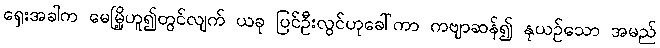
ရှေးအခါက မေမြို့ဟူ၍တွင်လျက် ယခု ပြင်ဦးလွင်ဟုခေါ်ကာ ကဗျာဆန်၍ နုယဉ်သော အမည်